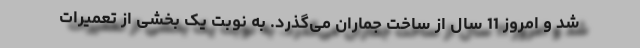
شد و امروز 11 سال از ساخت جماران می‌گذرد. به نوبت یک بخشی از تعمیرات